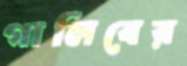
গালিবের